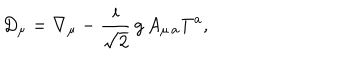
D _ { \mu } = \nabla _ { \mu } - \frac { i } { \sqrt { 2 } } \, g \, A _ { \mu \, a } T ^ { a } ,